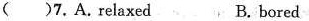
( 7. A. relaxed B. bored